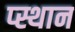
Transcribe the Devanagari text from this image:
प्स्थान